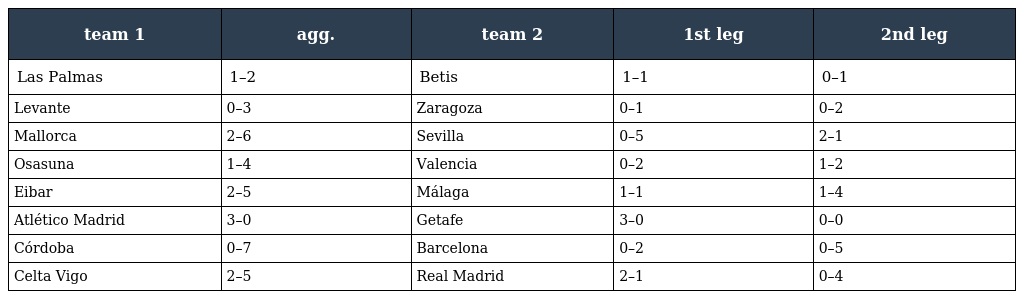
| team 1 | agg. | team 2 | 1st leg | 2nd leg |
 | --- | --- | --- | --- | --- |
 | Las Palmas | 1–2 | Betis | 1–1 | 0–1 |
 | Levante | 0–3 | Zaragoza | 0–1 | 0–2 |
 | Mallorca | 2–6 | Sevilla | 0–5 | 2–1 |
 | Osasuna | 1–4 | Valencia | 0–2 | 1–2 |
 | Eibar | 2–5 | Málaga | 1–1 | 1–4 |
 | Atlético Madrid | 3–0 | Getafe | 3–0 | 0–0 |
 | Córdoba | 0–7 | Barcelona | 0–2 | 0–5 |
 | Celta Vigo | 2–5 | Real Madrid | 2–1 | 0–4 |